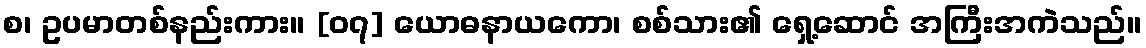
စ၊ ဥပမာတစ်နည်းကား။ [၀၇] ယောဓနာယကော၊ စစ်သား၏ ရှေ့ဆောင် အကြီးအကဲသည်။